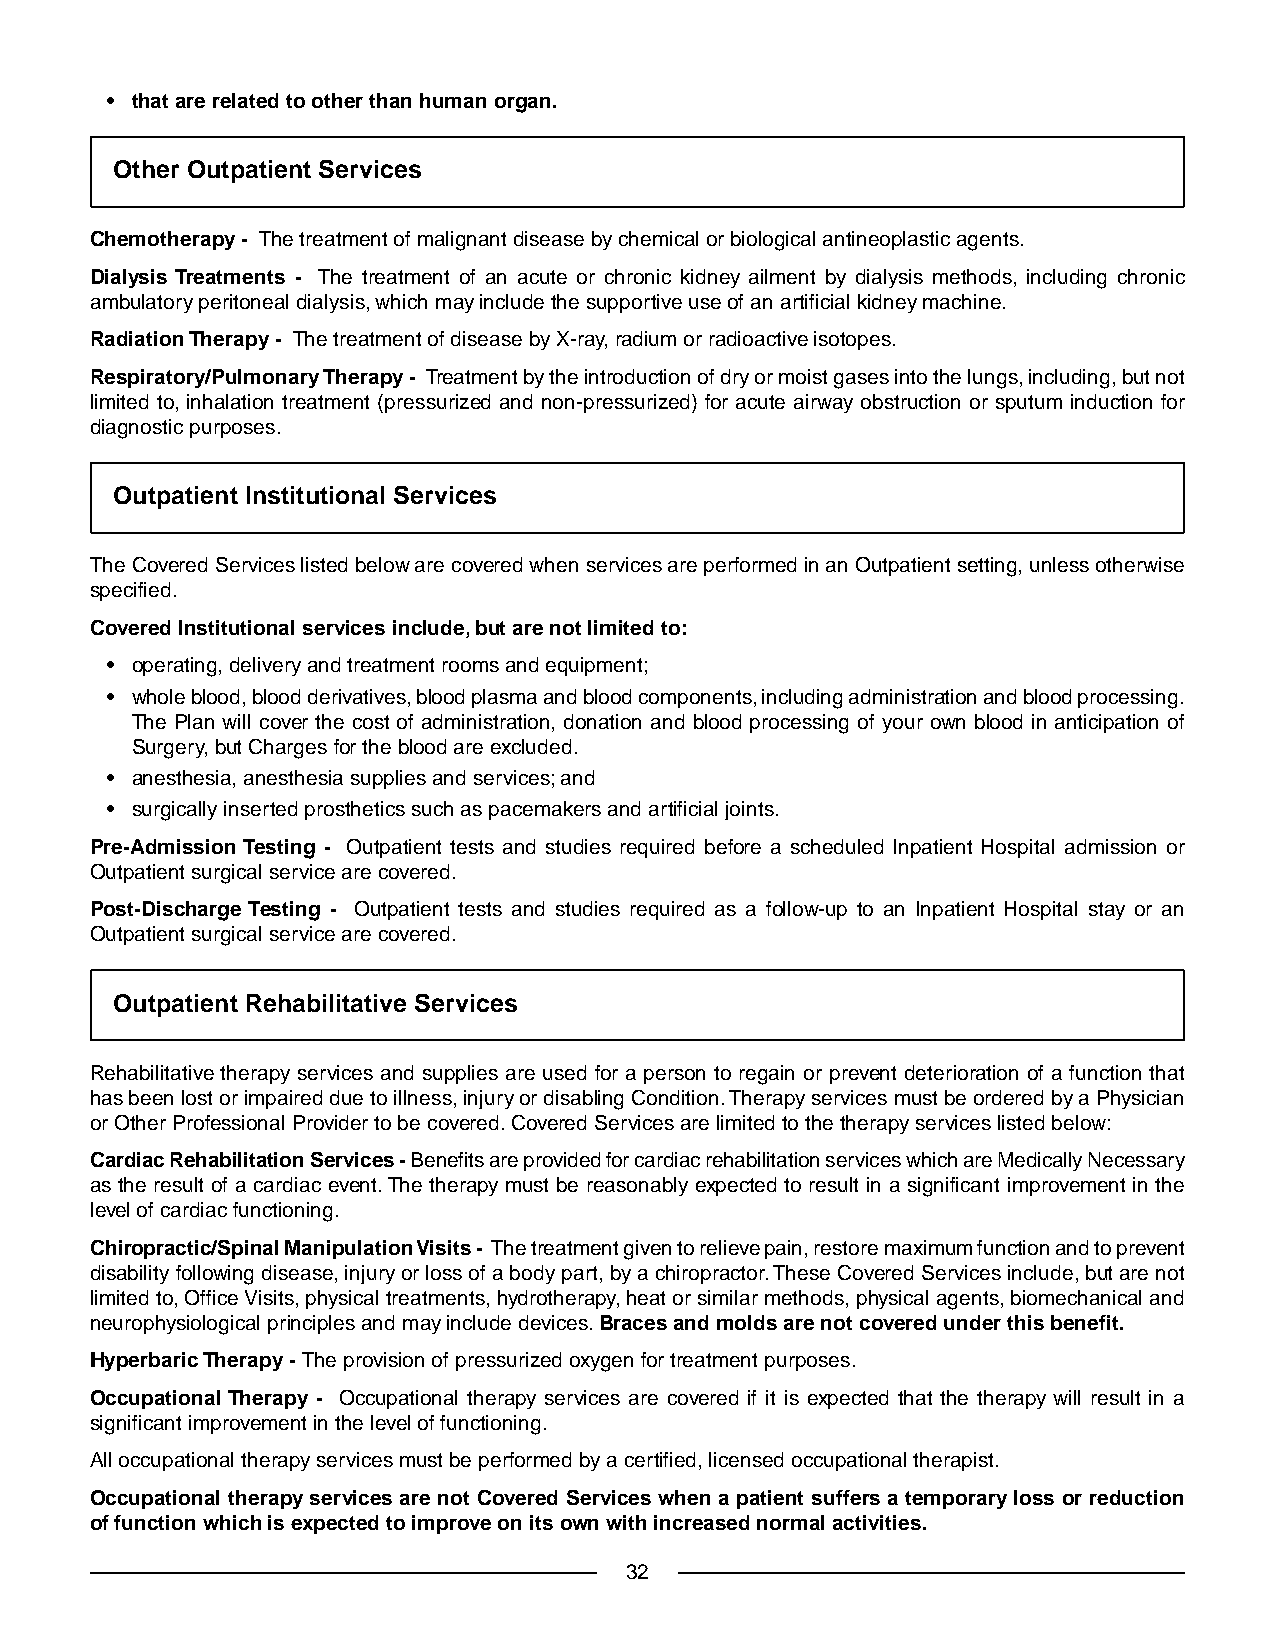
• that are related to other than human organ.
 Other Outpatient Services
 Chemotherapy - The treatment of malignant disease by chemical or biological antineoplastic agents.
 Dialysis Treatments - The treatment of an acute or chronic kidney ailment by dialysis methods, including chronic
 ambulatory peritoneal dialysis, which may include the supportive use of an artificial kidney machine.
 Radiation Therapy - The treatment of disease by X-ray, radium or radioactive isotopes.
 Respiratory/Pulmonary Therapy - Treatment by the introduction of dry or moist gases into the lungs, including, but not
 limited to, inhalation treatment (pressurized and non-pressurized) for acute airway obstruction or sputum induction for
 diagnostic purposes.
 Outpatient Institutional Services
 The Covered Services listed below are covered when services are performed in an Outpatient setting, unless otherwise
 specified.
 Covered Institutional services include, but are not limited to:
 • operating, delivery and treatment rooms and equipment;
 • whole blood, blood derivatives, blood plasma and blood components, including administration and blood processing.
 The Plan will cover the cost of administration, donation and blood processing of your own blood in anticipation of
 Surgery, but Charges for the blood are excluded.
 • anesthesia, anesthesia supplies and services; and
 • surgically inserted prosthetics such as pacemakers and artificial joints.
 Pre-Admission Testing - Outpatient tests and studies required before a scheduled Inpatient Hospital admission or
 Outpatient surgical service are covered.
 Post-Discharge Testing - Outpatient tests and studies required as a follow-up to an Inpatient Hospital stay or an
 Outpatient surgical service are covered.
 Outpatient Rehabilitative Services
 Rehabilitative therapy services and supplies are used for a person to regain or prevent deterioration of a function that
 has been lost or impaired due to illness, injury or disabling Condition.Therapy services must be ordered by a Physician
 or Other Professional Provider to be covered. Covered Services are limited to the therapy services listed below:
 Cardiac Rehabilitation Services - Benefits are provided for cardiac rehabilitation services which are Medically Necessary
 as the result of a cardiac event.The therapy must be reasonably expected to result in a significant improvement in the
 level of cardiac functioning.
 Chiropractic/Spinal Manipulation Visits - The treatment given to relieve pain, restore maximum function and to prevent
 disability following disease, injury or loss of a body part, by a chiropractor.These Covered Services include, but are not
 limited to, Office Visits, physical treatments, hydrotherapy, heat or similar methods, physical agents, biomechanical and
 neurophysiological principles and may include devices.Braces and molds are not covered under this benefit.
 Hyperbaric Therapy - The provision of pressurized oxygen for treatment purposes.
 Occupational Therapy - Occupational therapy services are covered if it is expected that the therapy will result in a
 significant improvement in the level of functioning.
 All occupational therapy services must be performed by a certified, licensed occupational therapist.
 Occupational therapy services are not Covered Services when a patient suffers a temporary loss or reduction
 of function which is expected to improve on its own with increased normal activities.
 32